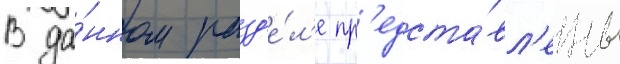
В да́нном разд'е́л'е пр'едста́вл'ены